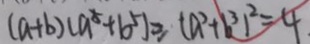
( a + b ) ( a ^ { 5 } + b ^ { 5 } ) \geq ( a ^ { 2 } + b ^ { 3 } ) ^ { 2 } = 4 .